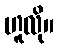
ဟူလို။